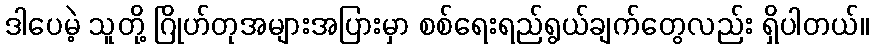
ဒါပေမဲ့ သူတို့ ဂြိုဟ်တုအများအပြားမှာ စစ်ရေးရည်ရွယ်ချက်တွေလည်း ရှိပါတယ်။